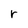
Character: r